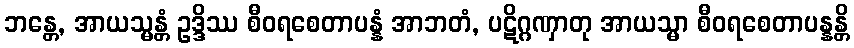
ဘန္တေ, အာယသ္မန္တံ ဥဒ္ဒိဿ စီဝရစေတာပန္နံ အာဘတံ, ပဋိဂ္ဂဏှာတု အာယသ္မာ စီဝရစေတာပန္နန္တိ